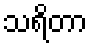
သရိတာ